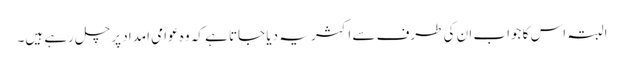
البتہ اس کا جواب ان کی طرف سے اکثر یہ دیا جاتا ہے کہ وہ عوامی امداد پر چل رہے ہیں۔